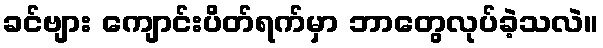
ခင်ဗျား ကျောင်းပိတ်ရက်မှာ ဘာတွေလုပ်ခဲ့သလဲ။